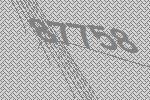
87758